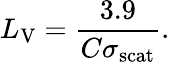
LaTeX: L_{\mathrm{V}}={\frac{3.9}{C\sigma_{\mathrm{scat}}}}.